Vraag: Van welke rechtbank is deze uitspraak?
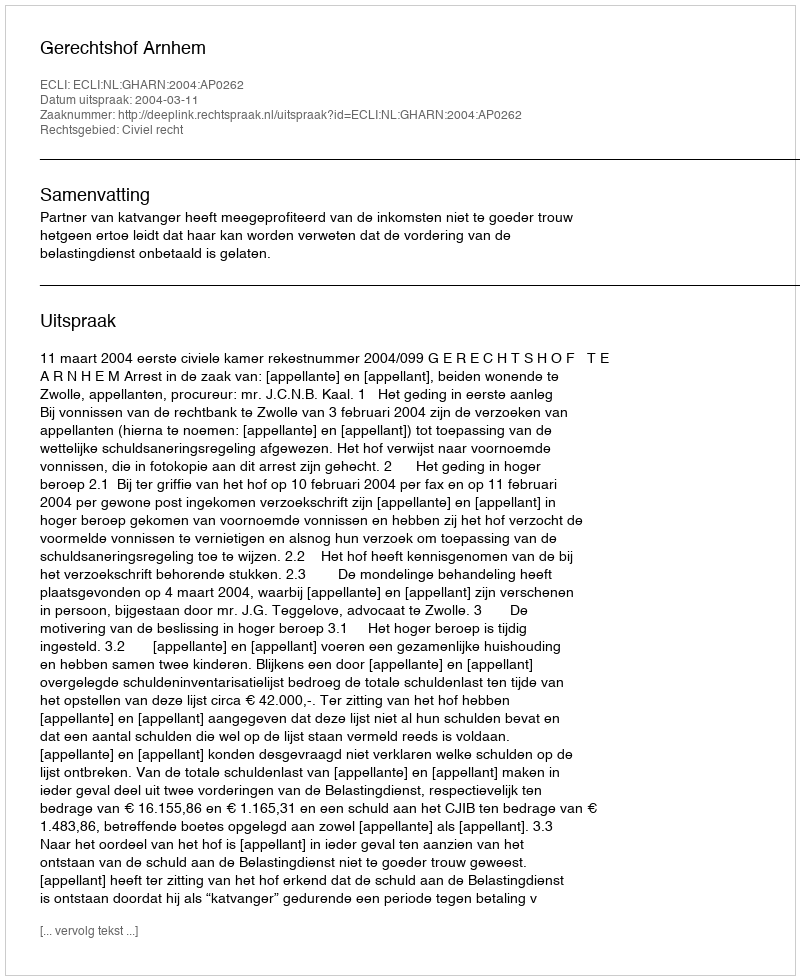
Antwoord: Gerechtshof Arnhem